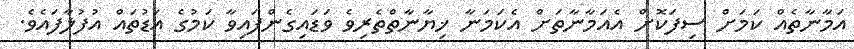
އަމާނާތެއް ކަމަށް ސިފަކޮށް އެއަމާނާތަށް އެކަމަނާ ޚިޔާނާތްތެރިވެ ވަޑައިގެންފައިވާ ކަމުގެ އަޑުތައް އުފުލާފައެވެ.